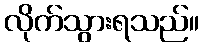
လိုက်သွားရသည်။